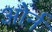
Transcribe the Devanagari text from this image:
ओर्न